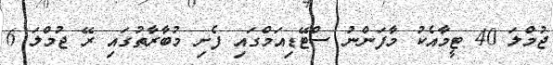
ޖުމްލަ 40 ޓީމާއެކު މާފަންނު ސްޓޭޑިއަމްގައި ފެށި މުބާރާތުގައި ރޭ ޖުމްލަ 6